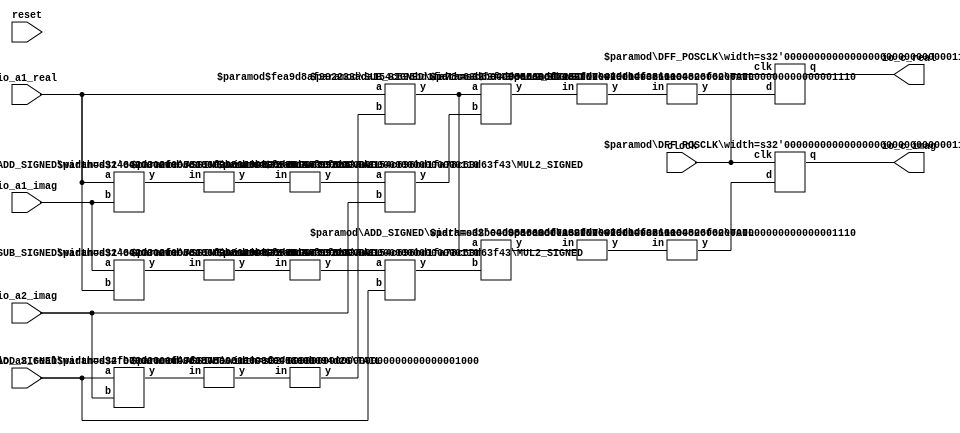
module SimpleComplexAdder(
    input clock,
    input reset,
    input [5:0] io_a1_real,
    input [5:0] io_a1_imag,
    input [7:0] io_a2_real,
    input [7:0] io_a2_imag,
    output [13:0] io_c_real,
    output [13:0] io_c_imag
);
    wire [13:0] _register1_real__q;
    wire [13:0] _register1_real__d;
    DFF_POSCLK #(.width(14)) register1_real (
        .q(_register1_real__q),
        .d(_register1_real__d),
        .clk(clock)
    );
    wire [13:0] _register1_imag__q;
    wire [13:0] _register1_imag__d;
    DFF_POSCLK #(.width(14)) register1_imag (
        .q(_register1_imag__q),
        .d(_register1_imag__d),
        .clk(clock)
    );
    wire [8:0] _T_28;
    ADD_SIGNED #(.width(8)) s_add_1 (
        .y(_T_28),
        .a(io_a2_real),
        .b(io_a2_imag)
    );
    wire [7:0] _T_29;
    TAIL #(.width(9), .n(1)) tail_2 (
        .y(_T_29),
        .in(_T_28)
    );
    wire [7:0] _T_30;
    ASSINT #(.width(8)) assint_3 (
        .y(_T_30),
        .in(_T_29)
    );
    wire [6:0] _T_31;
    ADD_SIGNED #(.width(6)) s_add_4 (
        .y(_T_31),
        .a(io_a1_real),
        .b(io_a1_imag)
    );
    wire [5:0] _T_32;
    TAIL #(.width(7), .n(1)) tail_5 (
        .y(_T_32),
        .in(_T_31)
    );
    wire [5:0] _T_33;
    ASSINT #(.width(6)) assint_6 (
        .y(_T_33),
        .in(_T_32)
    );
    wire [6:0] _T_34;
    SUB_SIGNED #(.width(6)) s_sub_7 (
        .y(_T_34),
        .a(io_a1_imag),
        .b(io_a1_real)
    );
    wire [5:0] _T_35;
    TAIL #(.width(7), .n(1)) tail_8 (
        .y(_T_35),
        .in(_T_34)
    );
    wire [5:0] _T_36;
    ASSINT #(.width(6)) assint_9 (
        .y(_T_36),
        .in(_T_35)
    );
    wire [13:0] _T_37;
    MUL2_SIGNED #(.width_a(6), .width_b(8)) s_mul2_10 (
        .y(_T_37),
        .a(io_a1_real),
        .b(_T_30)
    );
    wire [13:0] _T_38;
    MUL2_SIGNED #(.width_a(6), .width_b(8)) s_mul2_11 (
        .y(_T_38),
        .a(_T_33),
        .b(io_a2_imag)
    );
    wire [13:0] _T_39;
    MUL2_SIGNED #(.width_a(6), .width_b(8)) s_mul2_12 (
        .y(_T_39),
        .a(_T_36),
        .b(io_a2_real)
    );
    wire [14:0] _T_40;
    SUB_SIGNED #(.width(14)) s_sub_13 (
        .y(_T_40),
        .a(_T_37),
        .b(_T_38)
    );
    wire [13:0] _T_41;
    TAIL #(.width(15), .n(1)) tail_14 (
        .y(_T_41),
        .in(_T_40)
    );
    wire [13:0] _T_42;
    ASSINT #(.width(14)) assint_15 (
        .y(_T_42),
        .in(_T_41)
    );
    wire [14:0] _T_43;
    ADD_SIGNED #(.width(14)) s_add_16 (
        .y(_T_43),
        .a(_T_37),
        .b(_T_39)
    );
    wire [13:0] _T_44;
    TAIL #(.width(15), .n(1)) tail_17 (
        .y(_T_44),
        .in(_T_43)
    );
    wire [13:0] _T_45;
    ASSINT #(.width(14)) assint_18 (
        .y(_T_45),
        .in(_T_44)
    );
    wire [13:0] _T_53_real;
    wire [13:0] _T_53_imag;
    assign _T_53_imag = _T_45;
    assign _T_53_real = _T_42;
    assign io_c_imag = _register1_imag__q;
    assign io_c_real = _register1_real__q;
    assign _register1_imag__d = _T_53_imag;
    assign _register1_real__d = _T_53_real;
endmodule //SimpleComplexAdder
module DFF_POSCLK(q, d, clk);
    parameter width = 4;
    output reg [width-1:0] q;
    input [width-1:0] d;
    input clk;
    always @(posedge clk) begin
        q <= d;
    end
endmodule // DFF_POSCLK
module ADD_SIGNED(y, a, b);
    parameter width = 4;
    output [width:0] y;
    input [width-1:0] a;
    input [width-1:0] b;
    assign y = $signed(a) + $signed(b);
endmodule // ADD_SIGNED
module TAIL(y, in);
    parameter width = 4;
    parameter n = 2;
    output [width-n-1:0] y;
    input [width-1:0] in;
    assign y = in[width-n-1:0];
endmodule // TAIL
module ASSINT(y, in);
    parameter width = 4;
    output [width-1:0] y;
    input [width-1:0] in;
    assign y = $signed(in);
endmodule // ASSINT
module SUB_SIGNED(y, a, b);
    parameter width = 4;
    output [width:0] y;
    input [width-1:0] a;
    input [width-1:0] b;
    assign y = $signed(a) - $signed(b);
endmodule // SUB_SIGNED
module MUL2_SIGNED(y, a, b);
    parameter width_a = 4;
    parameter width_b = 4;
    output [width_a+width_b-1:0] y;
    input [width_a-1:0] a;
    input [width_b-1:0] b;
    assign y = $signed(a) * $signed(b);
endmodule // MUL2_SIGNED